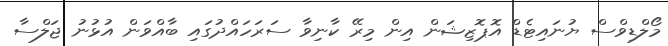
މޯލްޑިވްސް ޔުނައިޓެޑް އޮޕޮޒިޝަން އިން މިރޭ ކާނިވާ ސަރަހައްދުގައި ބާއްވަން އުޅުނު ޖަލްސާ